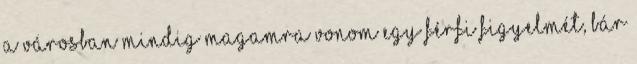
a városban mindig magamra vonom egy férfi figyelmét, bár